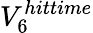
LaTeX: V_{6}^{hittime}